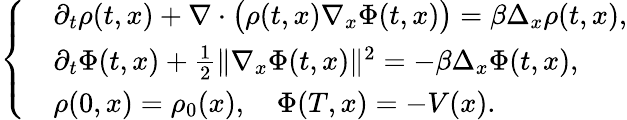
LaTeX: \left\{ \begin{array}{rl}&{\partial_{t}\rho(t,x)+\nabla\cdot\big(\rho(t,x)\nabla_{x}\Phi(t,x)\big)=\beta\Delta_{x}\rho(t,x),}\\ &{\partial_{t}\Phi(t,x)+\frac{1}{2}\| \nabla_{x}\Phi(t,x)\| ^{2}=-\beta\Delta_{x}\Phi(t,x),}\\ &{\rho(0,x)=\rho_{0}(x),\quad\Phi(T,x)=-V(x).}\end{array}\right.